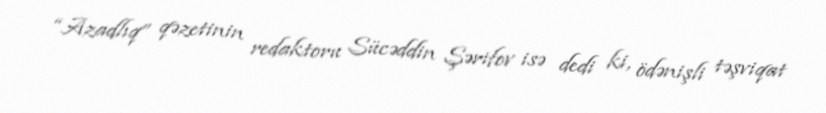
“Azadlıq” qəzetinin redaktoru Sücəddin Şərifov isə dedi ki, ödənişli təşviqat